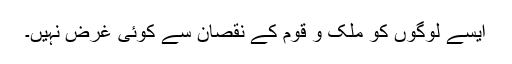
ایسے لوگوں کو ملک و قوم کے نقصان سے کوئی غرض نہیں۔